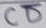
Text: CD